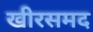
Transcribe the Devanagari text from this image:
खीरसमद